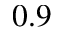
0 . 9